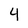
Character: 4